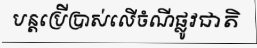
បន្តប្រើប្រាស់លើចំណីផ្លូវជាតិ